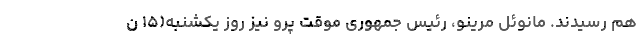
هم رسیدند. مانوئل مرینو، رئیس جمهوری موقت پرو نیز روز یکشنبه(۱۵ ن